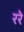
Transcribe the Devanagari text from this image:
ररे